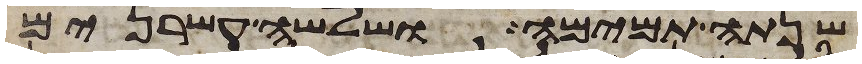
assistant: שנתה תמימה ושלשה עשרנים